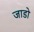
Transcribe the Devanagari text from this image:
जाडो